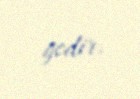
gedir.